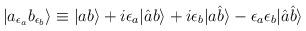
LaTeX: \begin{align*}|a_{\epsilon_a} b_{\epsilon_b}\rangle \equiv |a b \rangle + i \epsilon_a |\hat{a} b\rangle + i \epsilon_b | a \hat{b}\rangle - \epsilon_a \epsilon_b |\hat{a} \hat{b}\rangle\end{align*}